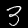
Digit: 3